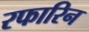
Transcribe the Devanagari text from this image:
रफारिन